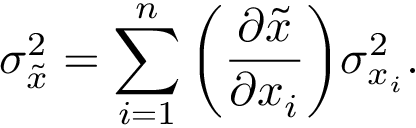
\sigma _ { \tilde { x } } ^ { 2 } = \sum _ { i = 1 } ^ { n } \bigg ( \frac { \partial \tilde { x } } { \partial x _ { i } } \bigg ) \sigma _ { x _ { i } } ^ { 2 } .